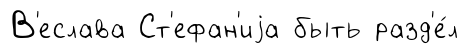
В'еслава Ст'ефан'иjа быть разд'е́л